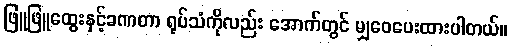
ဖြူဖြူထွေးနှင့်ခဏတာ ရုပ်သံကိုလည်း အောက်တွင် မျှဝေပေးထားပါတယ်။